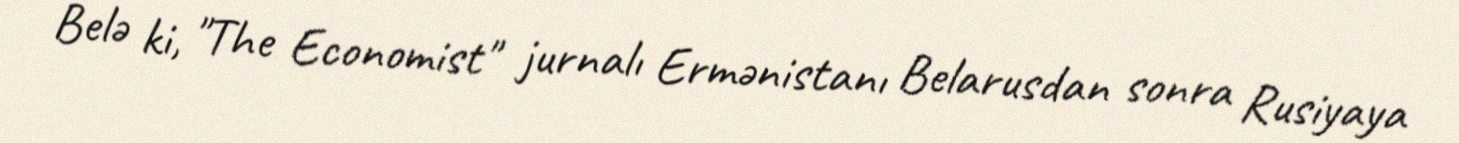
Belə ki, "The Economist" jurnalı Ermənistanı Belarusdan sonra Rusiyaya